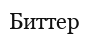
Биттер